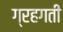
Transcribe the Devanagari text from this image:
ग्रहगती